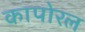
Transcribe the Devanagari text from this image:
कापोरल